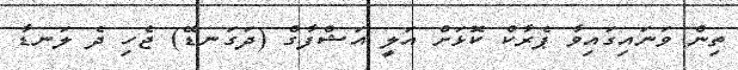
ތިން ވަނައިގައިވާ ޕެރާކް ކޮޅަށް އަލީ އަޝްފާގް (ދަގަނޑޭ) ޖެހި ދެ ލަނޑާ